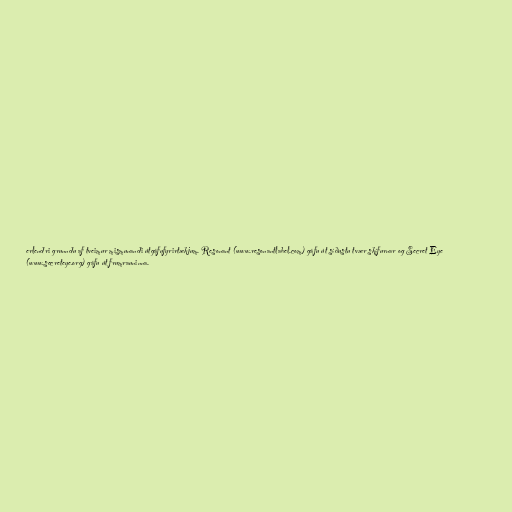
erlendri grunndu af tveimur mismunandi útgáfufyrirtækjum. Resonant (www.resonantlabel.com) gáfu út síðustu tvær skífurnar og Secret Eye
(www.secreteye.org) gáfu út frumrauninna.